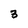
Character: 3